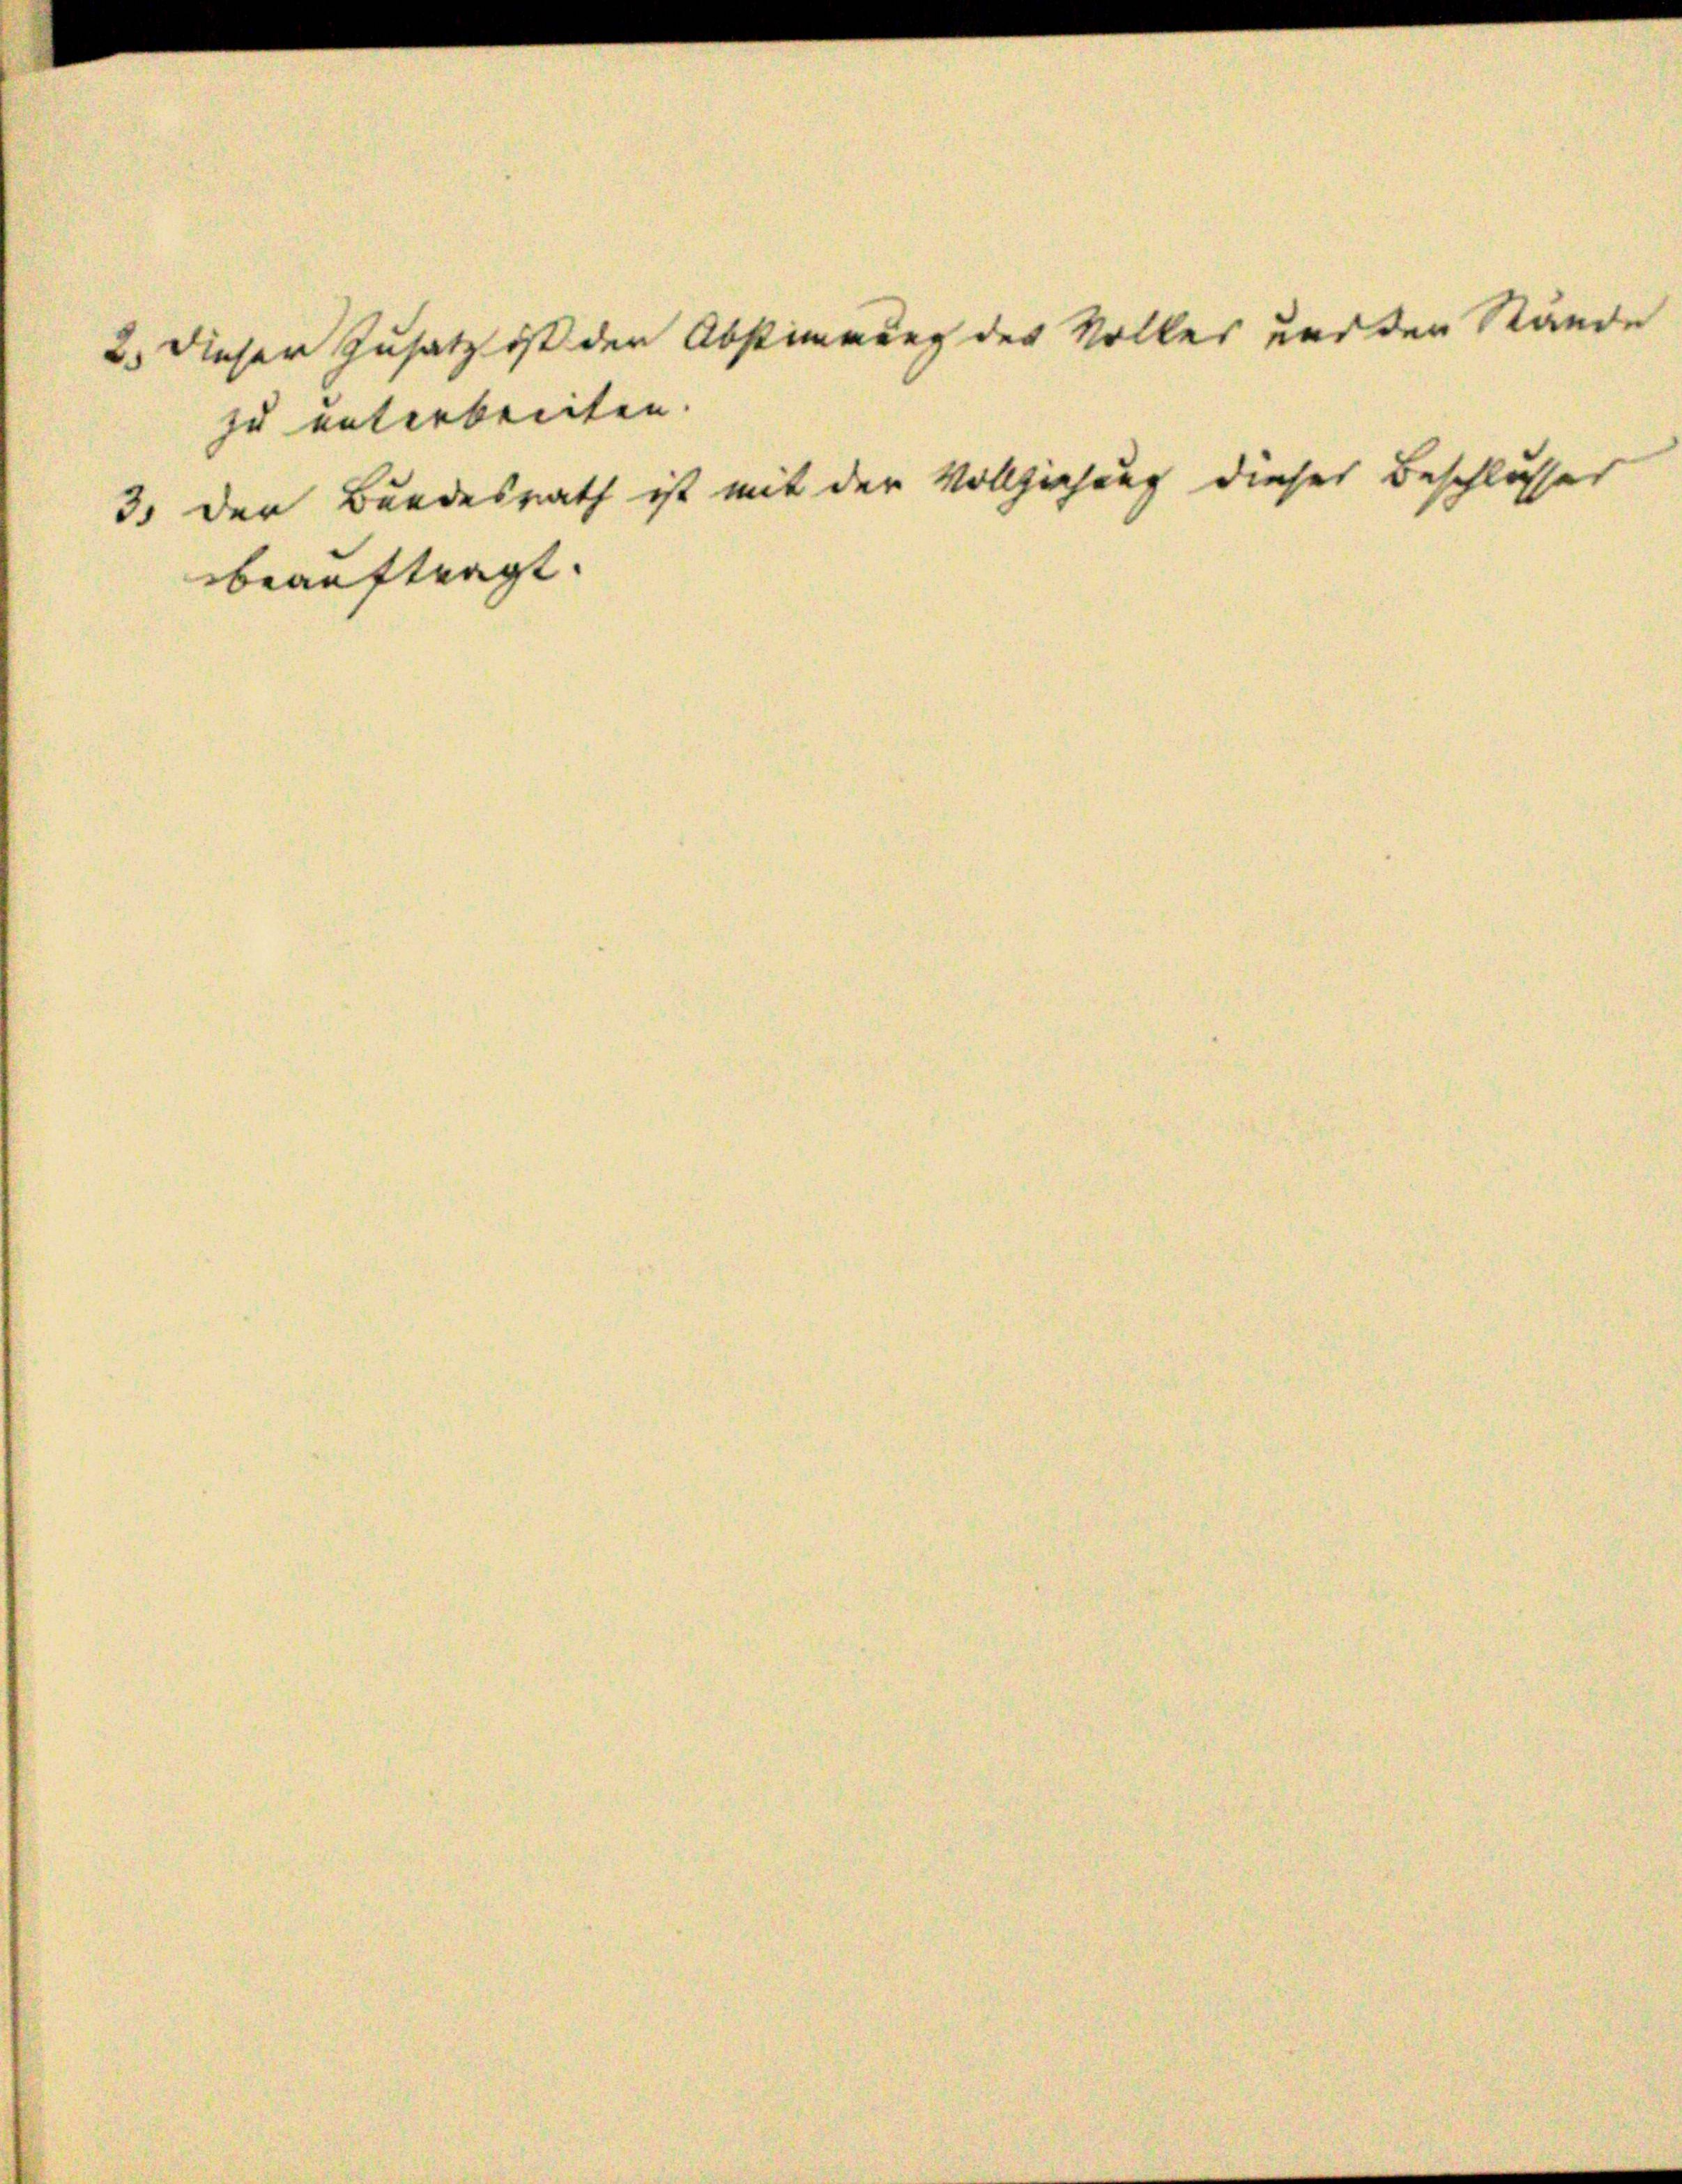
beauftragt.

zu unterbeiten.

2. Dieser Zusatz ist den Abstimmung der Volkes und den Stände

3. der Bundesrath ist mit der Vollziehung dieser Beschlusses

.